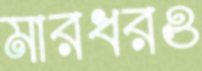
মারধরও